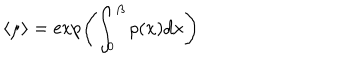
\langle \mu \rangle = \exp \left( \int _ { 0 } ^ { \beta } \rho ( x ) d x \right)